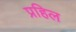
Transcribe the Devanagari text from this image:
प्रहिल